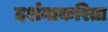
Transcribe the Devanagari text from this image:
दर्शनाकरिता